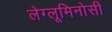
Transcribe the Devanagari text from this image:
लेग्लूमिनोसी